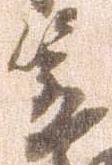
笠